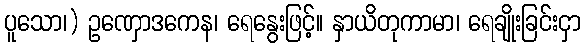
ပူသော၊) ဥဏှောဒကေန၊ ရေနွေးဖြင့်။ နှာယိတုကာမာ၊ ရေချိုးခြင်းငှာ